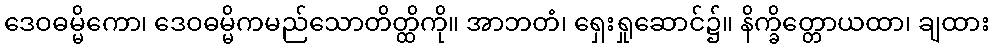
ဒေဝဓမ္မိကော၊ ဒေဝဓမ္မိကမည်သောတိတ္ထိကို။ အာဘတံ၊ ရှေးရှုဆောင်၌။ နိက္ခိတ္တောယထာ၊ ချထား